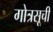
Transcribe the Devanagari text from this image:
गोत्रसूची